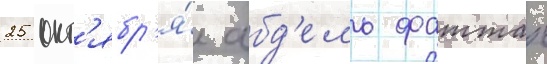
25 окт'ябр'я́ абд'ель фаттах